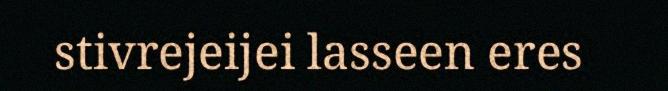
stivrejeijei lasseen eres